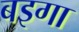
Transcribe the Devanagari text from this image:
बइगा